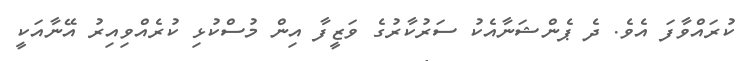
ކުރައްވާފަ އެވެ. ދެ ޕެންޝަނާއެކު ސަރުކާރުގެ ވަޒީފާ އިން މުސްކުޅި ކުރެއްވިއިރު އޭނާއަކީ